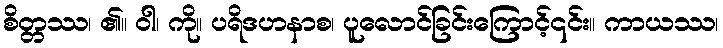
စိတ္တဿ၊ ၏။ ဝါ၊ ကို။ ပရိဒဟနာစ၊ ပူလောင်ခြင်းကြောင့်၎င်း။ ကာယဿ၊